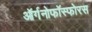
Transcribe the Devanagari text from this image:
ऑर्गनोफॉस्फोरस